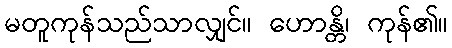
မတူကုန်သည်သာလျှင်။ ဟောန္တိ၊ ကုန်၏။